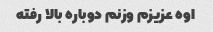
اوه عزیزم وزنم دوباره بالا رفته